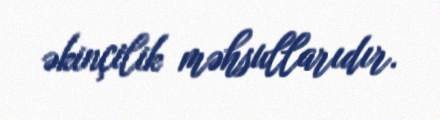
əkinçilik məhsullarıdır.